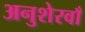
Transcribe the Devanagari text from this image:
अनुशेरवाँ